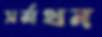
সর্মথন